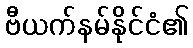
ဗီယက်နမ်နိုင်ငံ၏